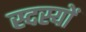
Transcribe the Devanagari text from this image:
स्दस्यों